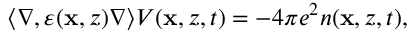
\begin{array} { r } { \langle \nabla , \varepsilon ( \mathbf { x } , z ) \nabla \rangle V ( \mathbf { x } , z , t ) = - 4 \pi e ^ { 2 } n ( \mathbf { x } , z , t ) , } \end{array}